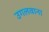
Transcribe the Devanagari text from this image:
उगलवाना